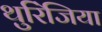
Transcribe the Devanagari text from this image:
थुरिंजिया